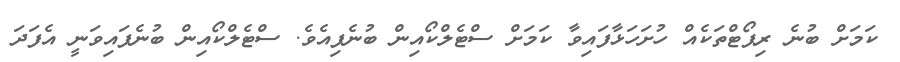
ކަމަށް ބުނެ ރިޕޯޓްތަކެއް ހުށަހަޅާފައިވާ ކަމަށް ސްޓެލްކޯއިން ބުނެފިއެވެ. ސްޓެލްކޯއިން ބުނެފައިވަނީ އެފަދަ